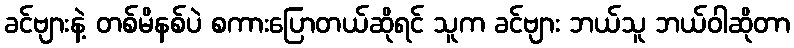
ခင်ဗျားနဲ့ တစ်မိနစ်ပဲ စကားပြောတယ်ဆိုရင် သူက ခင်ဗျား ဘယ်သူ ဘယ်ဝါဆိုတာ